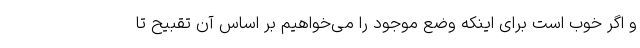
و اگر خوب است برای اینکه وضع موجود را می‌خواهیم بر اساس آن تقبیح تا